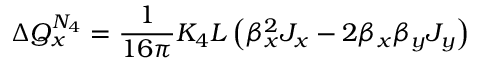
\Delta Q _ { x } ^ { N _ { 4 } } = \frac { 1 } { 1 6 \pi } K _ { 4 } L \left( \beta _ { x } ^ { 2 } J _ { x } - 2 \beta _ { x } \beta _ { y } J _ { y } \right)